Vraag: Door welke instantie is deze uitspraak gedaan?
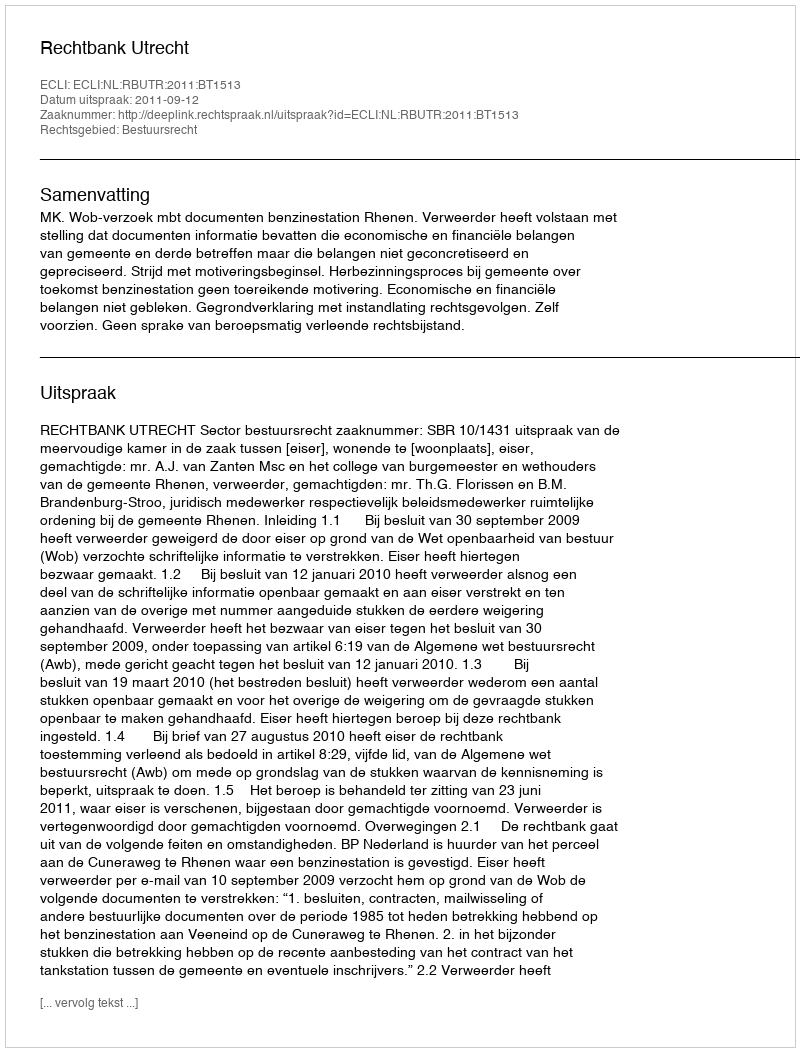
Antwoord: Rechtbank Utrecht